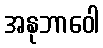
အနုဘာဝေါ